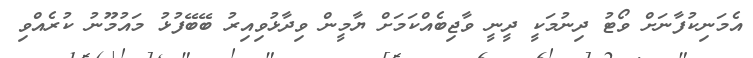
އެމަނިކުފާނަށް ވޯޓު ދިނުމަކީ ދީނީ ވާޖިބެއްކަމަށް ޔާމީން ވިދާޅުވިއިރު ބޭބޭފުޅު މައުމޫނު ކުރެއްވި